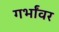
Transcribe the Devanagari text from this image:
गर्भांवर